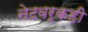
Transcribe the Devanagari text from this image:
नेटवर्कही